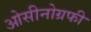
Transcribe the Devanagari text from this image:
ओसीनोग्रफी